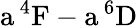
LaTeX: \mathrm{a\, ^{4}F-a\, ^{6}D}